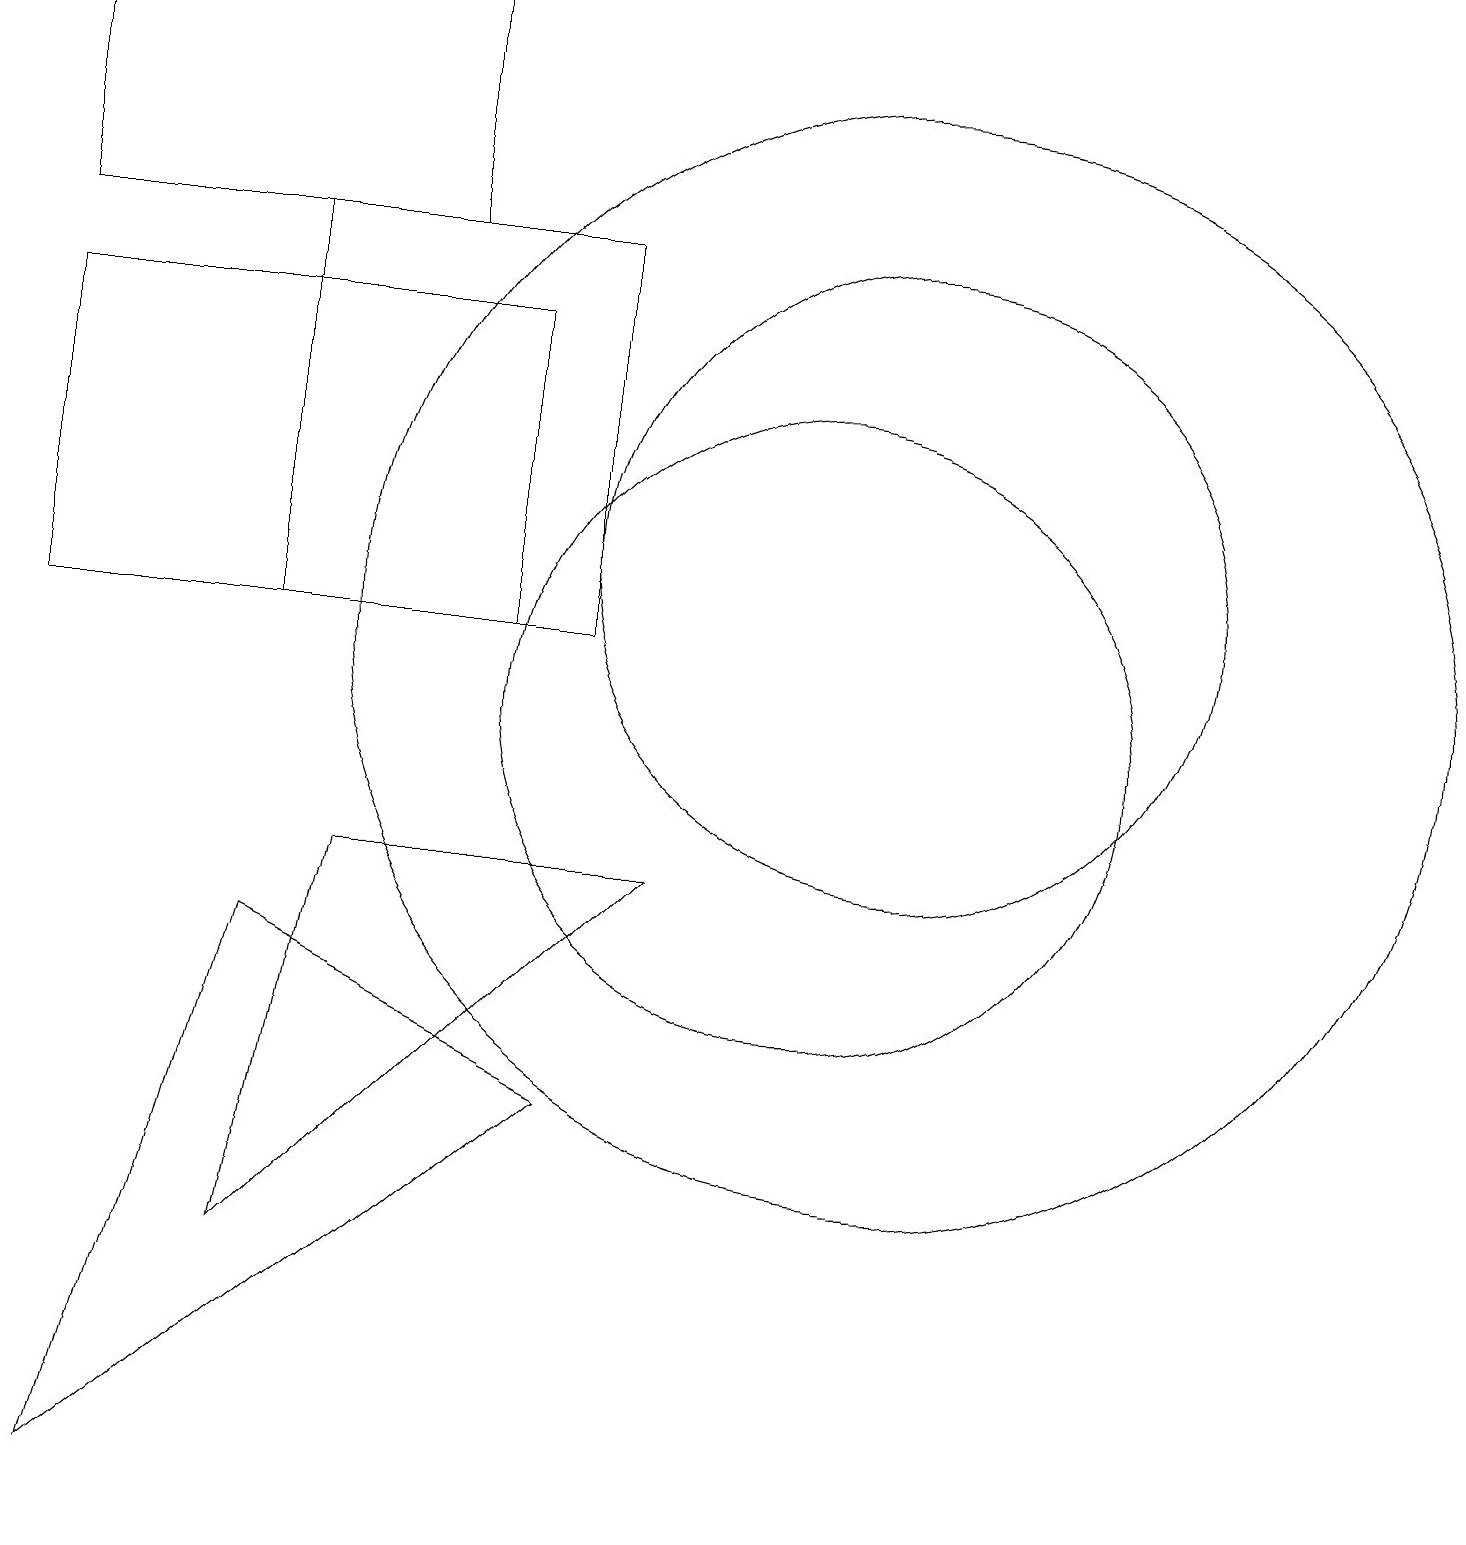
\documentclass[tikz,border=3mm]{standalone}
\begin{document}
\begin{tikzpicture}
\draw (11,11) circle (7);
\draw (11,12) circle (4);
\draw (1,0) -- (7,5) -- (3,7) -- cycle;
\draw (8,8) -- (3,3) -- (4,8) -- cycle;
\draw (3,16) rectangle (7,11);
\draw (0,11) rectangle (6,15);
\draw (5,19) rectangle (0,16);
\draw (10,10) circle (4);
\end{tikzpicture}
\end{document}